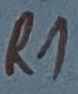
Text: R1